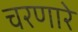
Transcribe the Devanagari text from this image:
चरणारे